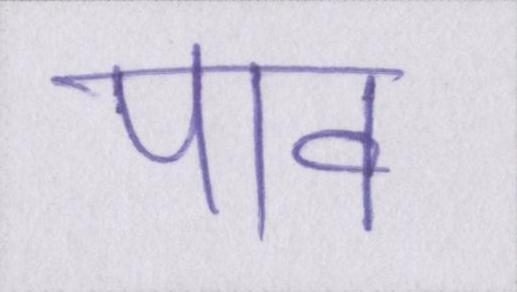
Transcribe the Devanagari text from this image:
पाव